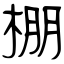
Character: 棚